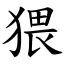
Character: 猥